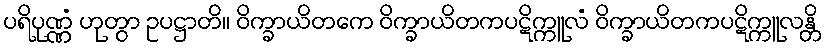
ပရိပုဏ္ဏံ ဟုတွာ ဥပဋ္ဌာတိ။ ဝိက္ခာယိတကေ ဝိက္ခာယိတကပဋိက္ကူလံ ဝိက္ခာယိတကပဋိက္ကူလန္တိ